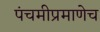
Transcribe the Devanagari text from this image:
पंचमीप्रमाणेच